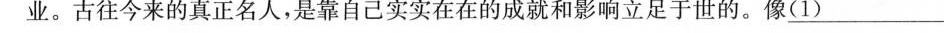
业。古往今来的真正名人，是靠自己实实在在的成就和影响立足于世的。像\underline{（1）